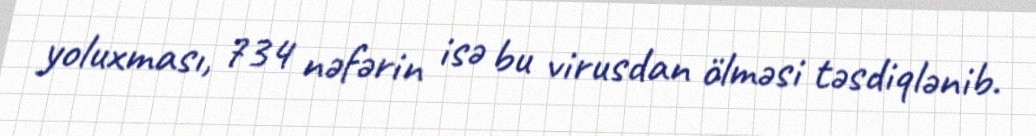
yoluxması, 734 nəfərin isə bu virusdan ölməsi təsdiqlənib.